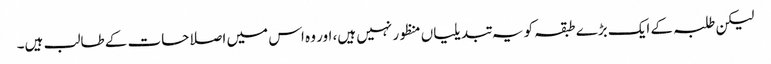
لیکن طلبہ کے ایک بڑے طبقہ کو یہ تبدیلیاں منظور نہیں ہیں، اور وہ اس میں اصلاحات کے طالب ہیں۔